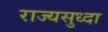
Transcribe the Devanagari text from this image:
राज्यसुध्दा